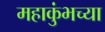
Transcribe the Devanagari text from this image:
महाकुंभच्या